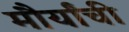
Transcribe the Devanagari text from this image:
मौर्यांची